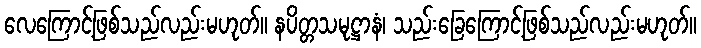
လေကြောင့်ဖြစ်သည်လည်းမဟုတ်။ နပိတ္တသမုဋ္ဌာနံ၊ သည်းခြေကြောင့်ဖြစ်သည်လည်းမဟုတ်။